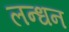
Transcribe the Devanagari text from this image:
लन्धन